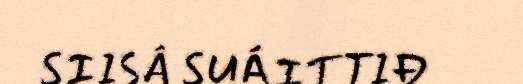
SIISÂ SUÁITTIĐ